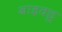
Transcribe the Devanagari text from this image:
बाइक्डू